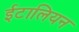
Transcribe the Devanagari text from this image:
ईटालियन